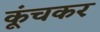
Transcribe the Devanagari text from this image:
कूंचकर